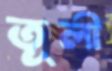
তূলী